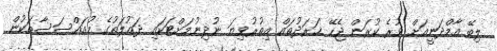
ލިބޭ އާމްދަނީއަށް ވުރެ ކުރަން ޖެހޭ ޚަރަދުތައް އިތުރުވިޔަ ނުދިނުމަށްޓަކައި ދައުލަތުގެ މުއައްސަސާތަކުން